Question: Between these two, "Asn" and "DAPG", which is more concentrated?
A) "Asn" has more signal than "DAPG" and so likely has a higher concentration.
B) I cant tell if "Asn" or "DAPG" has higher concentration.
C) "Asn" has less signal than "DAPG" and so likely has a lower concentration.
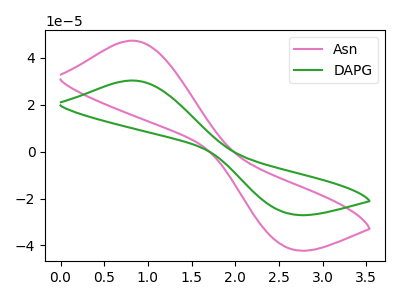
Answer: <think>The pink curve "Asn" has an anodic peak at (0.80V, 47.35uA) and a cathodic peak at (2.60V, -41.15uA). The green curve "DAPG" has an anodic peak at (0.80V, 30.35uA) and a cathodic peak at (2.60V, -26.40uA).
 All the peaks in "Asn" have a peak in "DAPG" at the same potential. Every peak in "Asn" is higher than every peak in "DAPG".</think>
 <answer>A) "Asn" has more signal than "DAPG" and so likely has a higher concentration.</answer>
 <eval>A</eval>